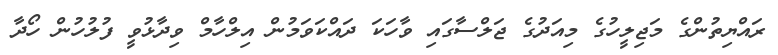
ރައްޔިތުންގެ މަޖިލީހުގެ މިއަދުގެ ޖަލްސާގައި ވާހަކަ ދައްކަވަމުން އިލްހާމް ވިދާޅުވީ ފުލުހުން ހޯދާ